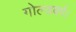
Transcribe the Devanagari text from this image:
गोल्डबर्ग।